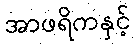
အာဖရိကနှင့်